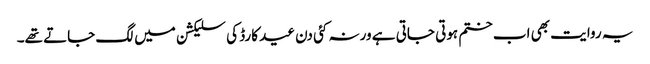
یہ روایت بھی اب ختم ہوتی جاتی ہے ورنہ کئی دن عید کارڈ کی سلیکشن میں لگ جاتے تھے۔